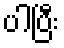
ပါပြီး